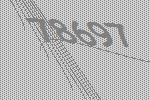
78697